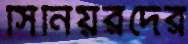
সিনিয়রদের